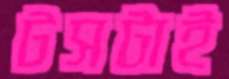
টসটাই